Lunatic asylums in Bengal annual reports 1888-1898 - 1888-1898
Year: 1888
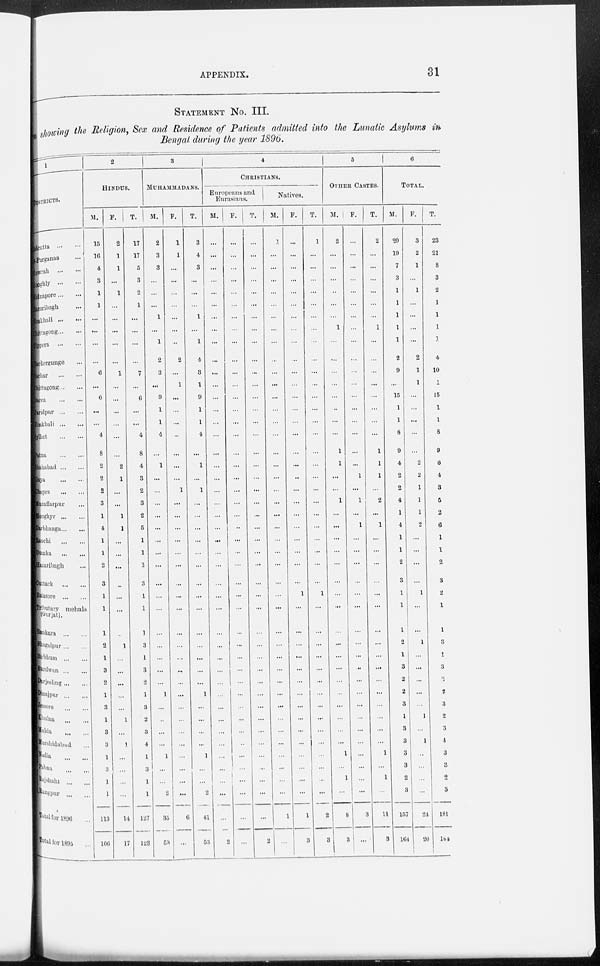
APPENDIX.
31
STATEMENT No. III.
showing the Religion, Sex and Residence of Patients admitted into the Lunatic Asylums in
Bengal during the year 1896.
1
DISTRICTS.
Calcutta
...
...
24-Parganas...
Howrah
...
...
Hooghly
...
...
Midnapore...
...
Hazaribagh ...
Noakhali
...
...
Chittagong
Tippera
...
...
Backergunge ... ...
Cachar
Chittagong ... ...
Dacca
...
...
Faridpur
Noakhali
...
...
Sylhet
...
...
Patna
...
...
Shahabad
...
...
Gaya
...
...
Chapra ... ...
Muzaffarpur ...
Monghyr
...
...
Darbhanga ... ...
Ranchi
...
...
Dumka
...
...
Hazaribagh ...
Cuttack
...
...
Balasore
...
...
Tributary
mehals
(Gurjat).
Bankura
...
...
Bhagalpur
...
...
Birbhum ... ...
Burdwan ... ...
Darjeeling
...
...
Dinajpur
...
...
jessore ... ...
Khulna ... ...
Malda ... ...
Murshidabad ...
Nadia ... ...
Pabna ... ...
Rajshahi ... ...
Rangpur ... ...
Total for 1896 ...
Total for 1895 ...
2
HINDUS.
M.
15
16
4
3
1
1
...
...
...
...
6
...
6
...
...
4
8
2
2
2
3
1
4
1
1
2
3
1
1
1
2
1
3
2
1
3
1
3
3
1
3
1
1
113
106
F.
2
1
1
...
1
...
...
...
...
...
1
...
...
...
...
...
...
2
1
...
...
1
1
...
...
...
...
...
...
...
1
...
...
...
...
...
1
...
1
...
...
...
...
14
17
T.
17
17
5
3
2
1
...
...
...
...
7
...
6
...
...
4
8
4
3
2
3
2
5
1
1
2
3
1
1
1
3
1
3
2
1
3
2
3
4
1
3
1
1
127
123
3
MUHAMMADANS.
M.
2
3
3
...
...
...
1
...
1
2
3
...
9
1
1
4
...
1
...
...
...
...
...
...
...
...
...
...
...
...
...
...
...
...
1
...
...
...
...
1
...
...
2
35
53
F.
1
1
...
...
...
...
...
...
...
2
...
1
...
...
...
...
...
...
...
1
...
...
...
...
...
...
...
...
...
...
...
...
...
...
...
...
...
...
...
...
...
...
...
6
...
T.
3
4
3
...
...
...
1
...
1
4
3
1
9
1
1
4
...
1
...
1
...
...
...
...
...
...
...
...
...
...
...
...
...
...
1
...
...
...
...
1
...
...
2
41
53
4
CHRISTIANS.
Europeans and
Eurasians.
M.
...
...
...
...
...
...
...
...
...
...
...
...
...
...
...
...
...
...
...
...
...
...
...
...
...
...
...
...
...
...
...
...
...
...
...
...
...
...
...
...
...
...
...
...
2
F.
...
...
...
...
...
...
...
...
...
...
...
...
...
...
...
...
...
...
...
...
...
...
...
...
...
...
...
...
...
...
...
...
...
...
...
...
...
...
...
...
...
...
...
...
...
T.
...
...
...
...
...
...
...
...
...
...
...
...
...
...
...
...
...
...
...
...
...
...
...
...
...
...
...
...
...
...
...
...
...
...
...
...
...
...
...
...
...
...
...
...
2
Natives.
M.
1
...
...
...
...
...
...
...
...
...
...
...
...
...
...
...
...
...
...
...
...
...
...
...
...
...
...
...
...
...
...
...
...
...
...
...
...
...
...
...
...
...
...
1
...
F.
...
...
...
...
...
...
...
...
...
...
...
...
...
...
...
...
...
...
...
...
...
...
...
...
...
...
...
1
...
...
...
...
...
...
...
...
...
...
...
...
...
...
...
1
3
T.
1
...
...
...
...
...
...
...
...
...
...
...
...
...
...
...
...
...
...
...
...
...
...
...
...
...
...
1
...
...
...
...
...
...
...
...
...
...
...
...
...
...
...
2
3
5
OTHER CASTES.
M.
2
...
...
...
...
...
...
1
...
...
...
...
...
...
...
...
1
1
...
...
1
...
...
...
...
...
...
...
...
...
...
...
...
...
...
...
...
...
...
1
...
1
...
8
3
F.
...
...
...
...
...
...
...
...
...
...
...
...
...
...
...
...
...
...
1
...
1
...
1
...
...
...
...
...
...
...
...
...
...
...
...
...
...
...
...
...
...
...
...
3
...
T.
2
...
...
...
...
...
...
1
...
...
...
...
...
...
...
...
1
1
1
2
...
1
...
...
...
...
...
...
...
...
...
...
...
...
...
...
...
...
1
...
1
...
11
3
6
TOTAL.
M.
20
19
7
3
1
1
1
1
1
2
9
...
15
1
1
8
9
4
2
2
4
1
4
1
1
2
3
1
1
1
2
1
3
2
2
3
1
3
3
3
3
2
3
157
164
F.
3
2
1
...
1
...
...
...
...
2
1
1
...
...
...
...
...
2
2
1
1
1
2
...
...
...
...
1
...
...
1
...
...
...
...
...
1
...
1
...
...
...
...
24
20
T.
23
21
8
3
2
1
1
1
1
4
10
1
15
1
1
8
9
6
4
3
5
2
6
1
1
2
3
2
1
1
3
1
3
2
2
3
2
3
4
3
3
2
3
181
184